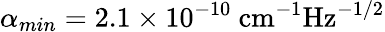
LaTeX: \alpha_{min}=2.1\times 10^{-10}~\textrm{cm}^{-1}\textrm{Hz}^{-1/2}